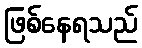
ဖြစ်နေရသည်